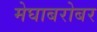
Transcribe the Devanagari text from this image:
मेघाबरोबर